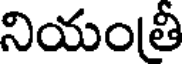
నియంతీ